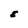
Character: E